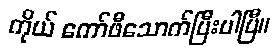
ကိုယ် ကော်ဖီသောက်ပြီးပါပြီ။